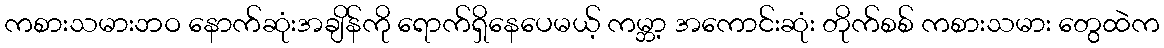
ကစားသမားဘဝ နောက်ဆုံးအချိန်ကို ရောက်ရှိနေပေမယ့် ကမ္ဘာ့ အကောင်းဆုံး တိုက်စစ် ကစားသမား တွေထဲက